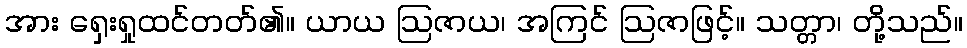
အား ရှေးရှုထင်တတ်၏။ ယာယ ဩဇာယ၊ အကြင် ဩဇာဖြင့်။ သတ္တာ၊ တို့သည်။